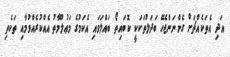
އަދި އެތަކެއްޗަށް ގެންނަންޖެހޭ ބަދަލުތަކަކީ ކޮބައިތޯ ބައްލަވައި އެކަމުގެ މަޢުލޫމާތު އެއްކުރެއްވުމާއި ތަކެތި